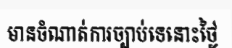
មានចំណាត់ការច្បាប់ទេនោះថ្ងៃ